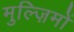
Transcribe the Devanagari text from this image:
मुल्ज़िमों